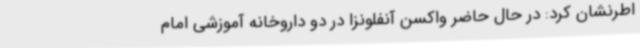
اطرنشان کرد: در حال حاضر واکسن آنفلونزا در دو داروخانه آموزشی امام